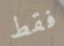
فقط